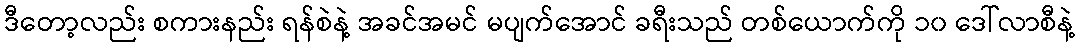
ဒီတော့လည်း စကားနည်း ရန်စဲနဲ့ အခင်အမင် မပျက်အောင် ခရီးသည် တစ်ယောက်ကို ၁၀ ဒေါ်လာစီနဲ့